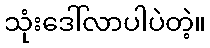
သုံးဒေါ်လာပါပဲတဲ့။